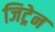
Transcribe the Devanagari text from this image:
जिट्रेन